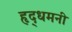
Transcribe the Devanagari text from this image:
हृद्‌धमनी